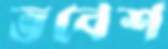
ভবেশ